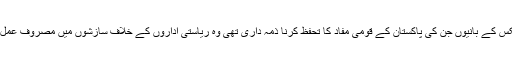
ڈان لیکس کے بانیوں جن کی پاکستان کے قومی مفاد کا تحفظ کرنا ذمہ داری تھی وہ ریاستی اداروں کے خلاف سازشوں میں مصروف عمل رہے۔